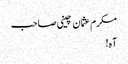
مکرم عثمان چینی صاحب
آہ!